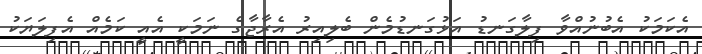
އެކަމަކު އެބުނުއްވާ ފިލާގަނޑު އަޅުގަނޑުމެން ބެލިއިރު އެރާޖާގެ ނަމަކީ އެއީ ކަމެއް އެފިލަޔަކު